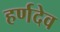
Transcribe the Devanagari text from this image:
हर्णदेव